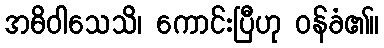
အဓိဝါသေသိ၊ ကောင်းပြီဟု ဝန်ခံ၏။